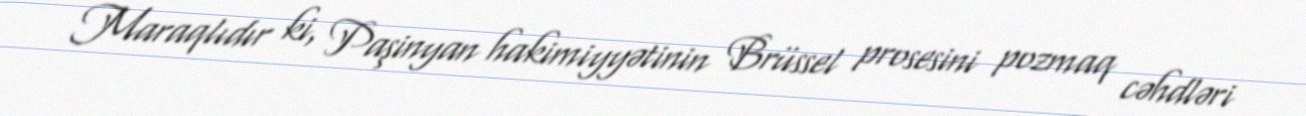
Maraqlıdır ki, Paşinyan hakimiyyətinin Brüssel prosesini pozmaq cəhdləri